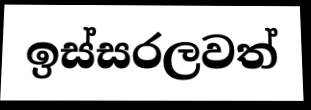
ඉස්සරලවත්